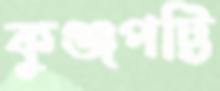
কুঞ্জপট্টি